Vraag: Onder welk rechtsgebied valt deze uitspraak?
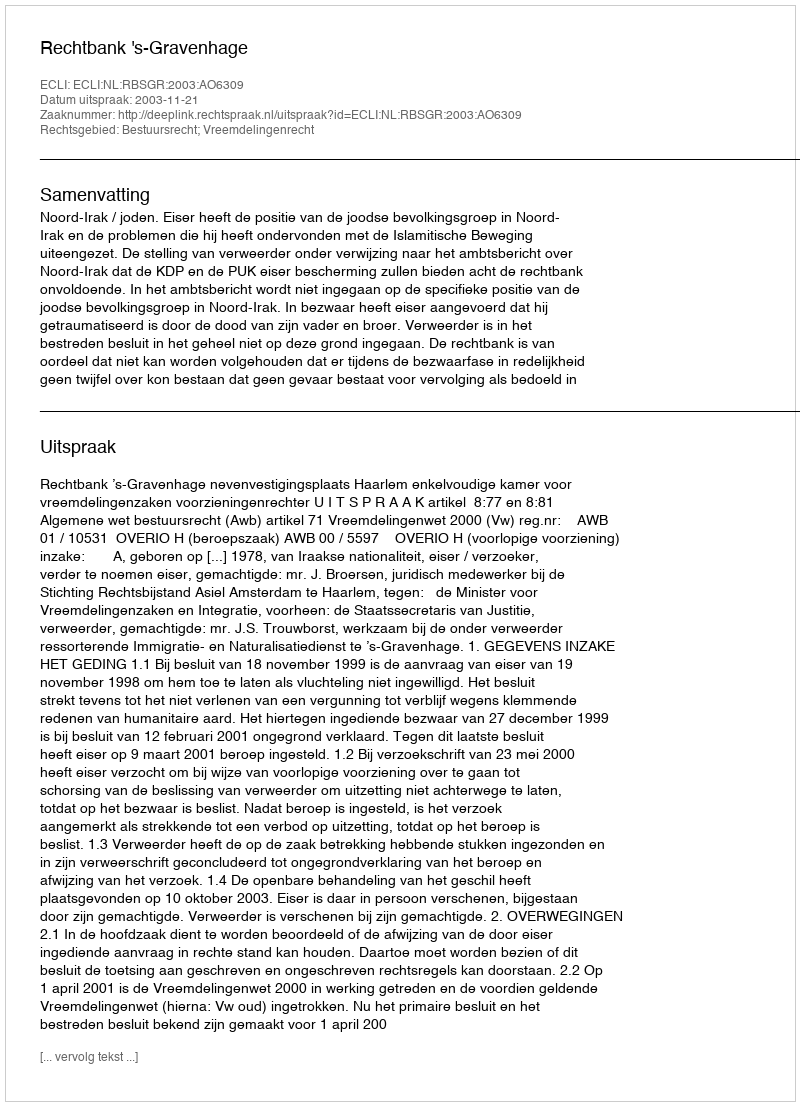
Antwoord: Bestuursrecht; Vreemdelingenrecht